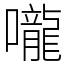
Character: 嚨